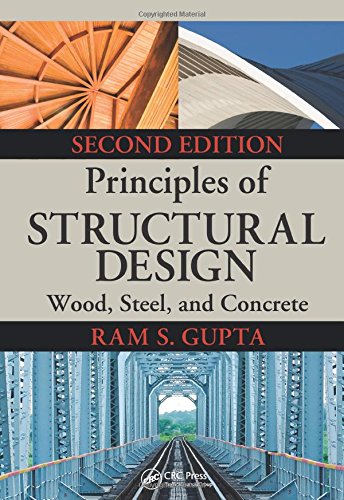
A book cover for Principles of Structural Design: Wood, Steel, and Concrete, Second Edition; Ram S. Gupta; Engineering & Transportation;